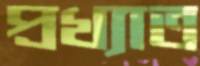
প্রখ্যাত